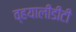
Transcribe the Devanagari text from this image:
व्हयालीडीटी